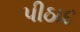
પીઠાદ